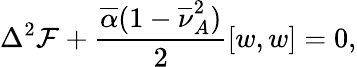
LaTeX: \Delta^{2}\mathcal{F}+\frac{\overline{{\alpha}}(1-\overline{{\nu}}_{A}^{2})}{2}\left[w,w\right]=0,